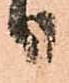
日